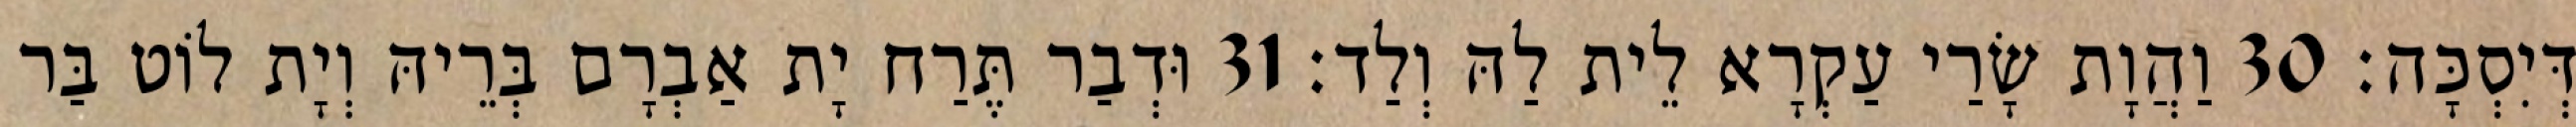
דְּיִסְכָּה׃ 30 וַהֲוָת שָׂרַי עַקְרָא לֵית לַהּ וְלַד׃ 31 וּדְבַר תֶּרַח יָת אַבְרָם בְּרֵיהּ וְיָת לוֹט בַּר